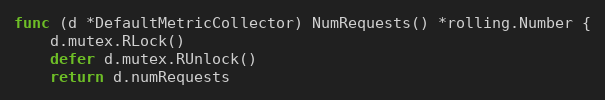
Language: Go
func (d *DefaultMetricCollector) NumRequests() *rolling.Number {
	d.mutex.RLock()
	defer d.mutex.RUnlock()
	return d.numRequests